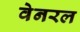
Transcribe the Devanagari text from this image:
वेनरल